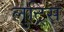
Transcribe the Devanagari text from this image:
लुट्रिस